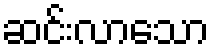
ဆင်းလာသော